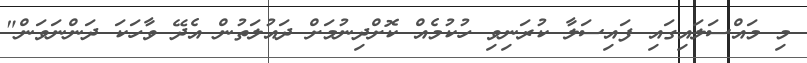
މި މައްސަލައިގައި ފައިސަލާ ކުރަނިވި ހުކުމެއް ކޮށްދިނުމަށް ދައުލަތުން އެދޭ ވާހަކަ ދަންނަވަން"